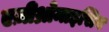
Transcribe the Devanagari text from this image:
एज़ीथ्रोमाइसिन